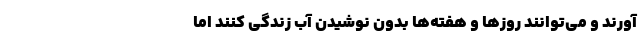
‌آورند و می‌توانند روزها و هفته‌ها بدون نوشیدن آب زندگی کنند اما